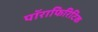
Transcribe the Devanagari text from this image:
पॉराफिरिटिक